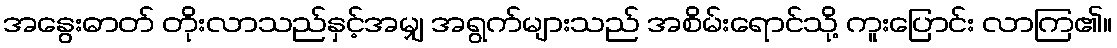
အနွေးဓာတ် တိုးလာသည်နှင့်အမျှ အရွက်များသည် အစိမ်းရောင်သို့ ကူးပြောင်း လာကြ၏။